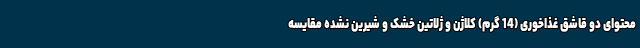
محتوای دو قاشق غذاخوری (14 گرم) کلاژن و ژلاتین خشک و شیرین نشده مقایسه